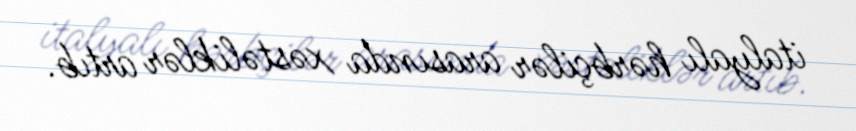
italyalı hərbçilər arasında xəstəliklər artıb.